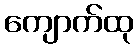
ကျောက်ထု